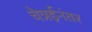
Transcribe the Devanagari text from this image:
चेन्नईनंतर